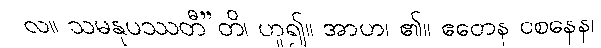
လ။ သမနုပဿတီ”တိ၊ ဟူ၍။ အာဟ၊ ၏။ ဧတေန ဝစနေန၊